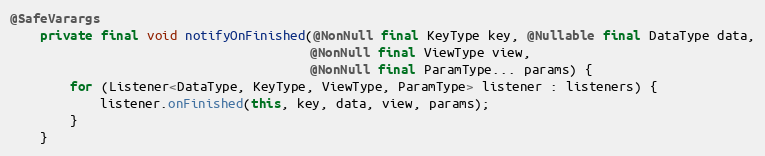
Language: Java
@SafeVarargs
    private final void notifyOnFinished(@NonNull final KeyType key, @Nullable final DataType data,
                                        @NonNull final ViewType view,
                                        @NonNull final ParamType... params) {
        for (Listener<DataType, KeyType, ViewType, ParamType> listener : listeners) {
            listener.onFinished(this, key, data, view, params);
        }
    }